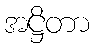
အဋ္ဌိတာ